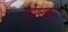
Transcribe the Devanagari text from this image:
सोमनाथपूर